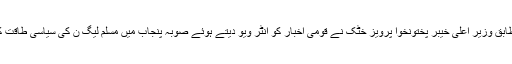
تفصیلات کے مطابق وزیر اعلی خیبر پختونخوا پرویز خٹک نے قومی اخبار کو انٹر ویو دیتے ہوئے صوبہ پنجاب میں مسلم لیگ ن کی سیاسی طاقت کا اعتراف کر لیا۔